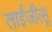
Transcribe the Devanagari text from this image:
लाईजीत्सू